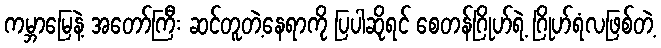
ကမ္ဘာမြေနဲ့ အတော်ကြီး ဆင်တူတဲ့နေရာကို ပြပါဆိုရင် စေတန်ဂြိုဟ်ရဲ့ ဂြိုဟ်ရံလဖြစ်တဲ့